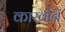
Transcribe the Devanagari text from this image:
कार्खानें